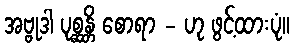
အဗ္ဗုဒါ ပုစ္ဆန္တိ စောရာ - ဟု ဖွင့်ထားပုံ။